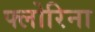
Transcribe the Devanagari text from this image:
फ्लोरिना